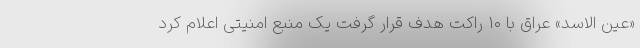
«عین الاسد» عراق با ۱۰ راکت هدف قرار گرفت یک منبع امنیتی اعلام کرد